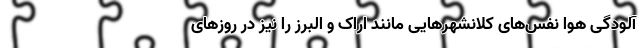
آلودگی هوا نفس‌های کلانشهر‌هایی مانند اراک و البرز را نیز در روز‌های